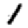
Digit: 1